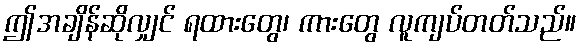
ဤအချိန်ဆိုလျှင် ရထားတွေ၊ ကားတွေ လူကျပ်တတ်သည်။